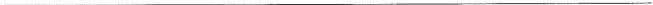
___